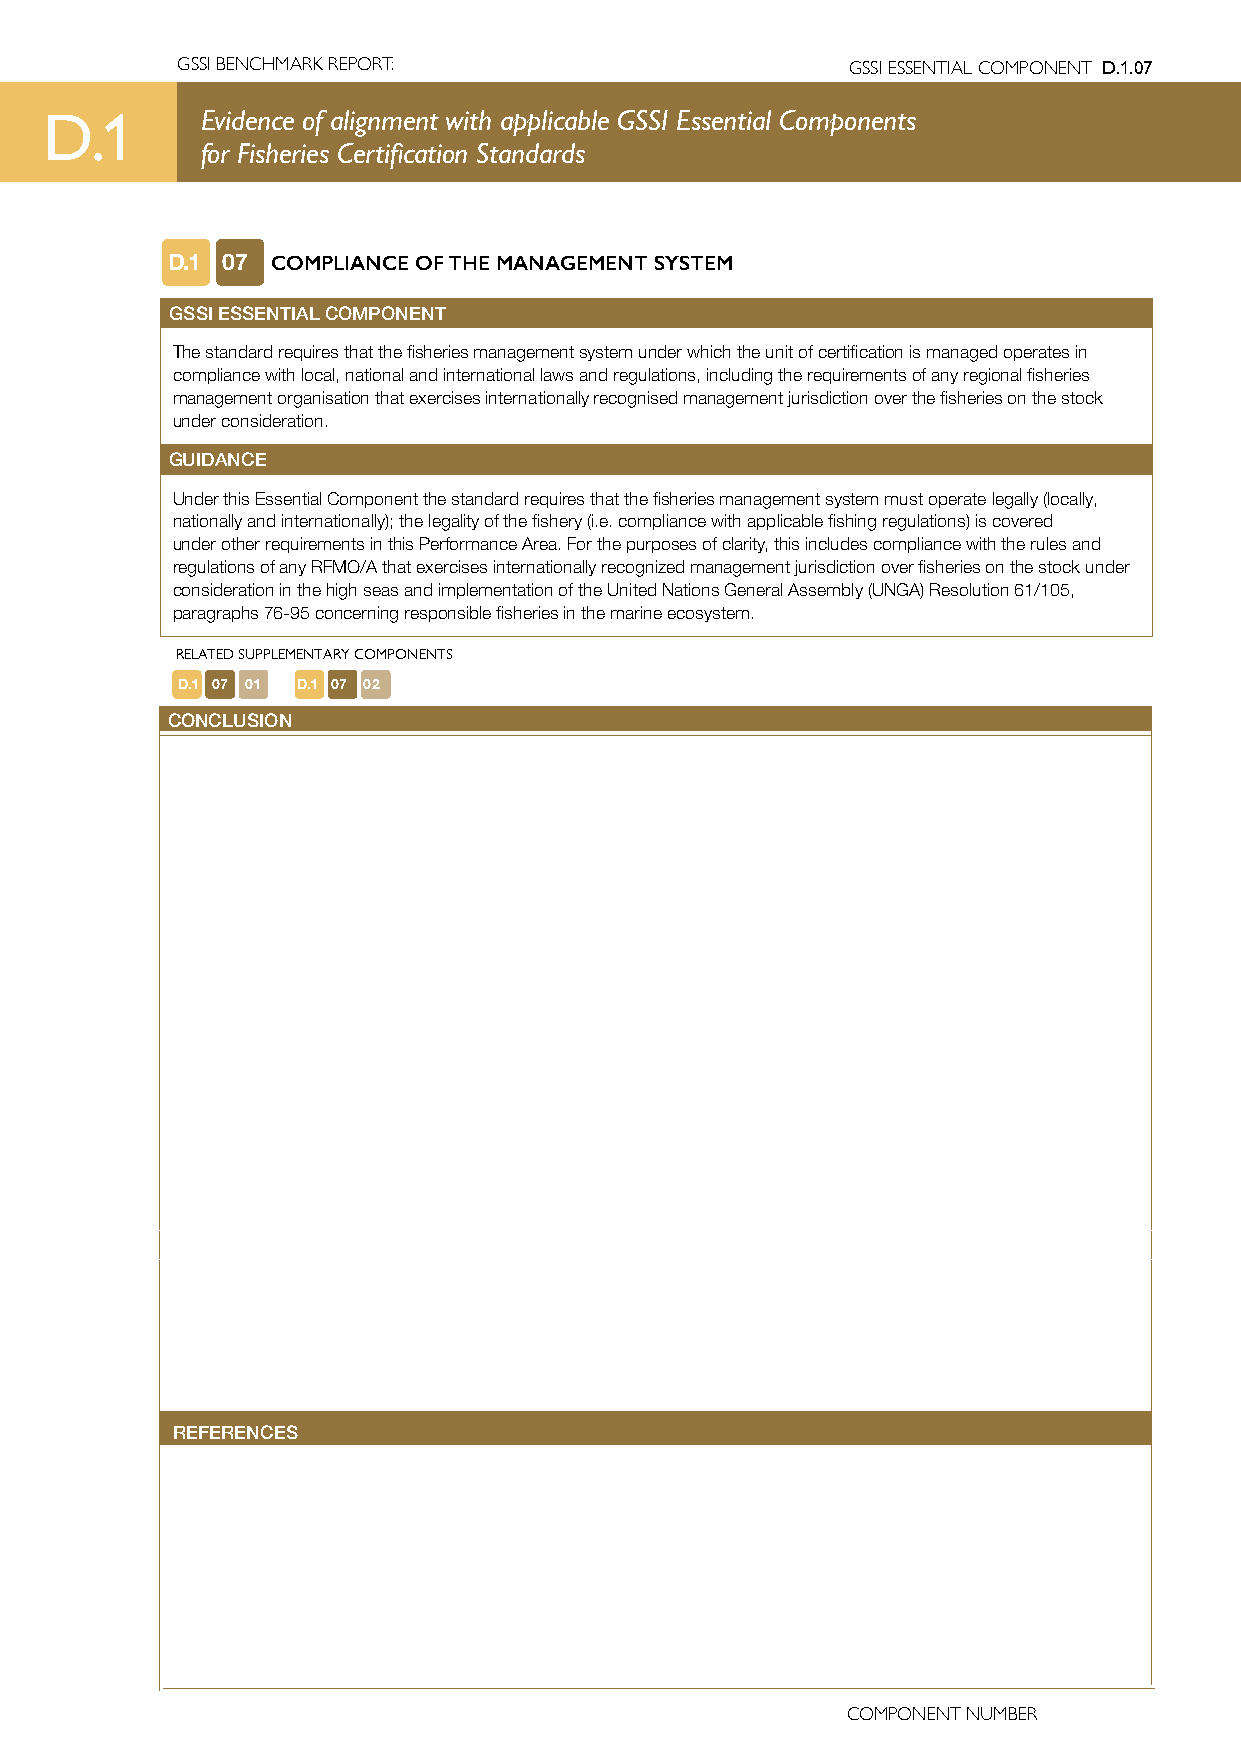
GSSI BENCHMARK REPORT:                      GSSI ESSENTIAL COMPONENT D.1.07
 D.1       Evidence of alignment with applicable GSSI Essential Components
 for Fisheries Certification Standards
 D.1 07 COMPLIANCE OF THE MANAGEMENT SYSTEM
 GSSI ESSENTIAL COMPONENT
 The standard requires that the fisheries management system under which the unit of certification is managed operates in
 compliance with local, national and international laws and regulations, including the requirements of any regional fisheries
 management organisation that exercises internationally recognised management jurisdiction over the fisheries on the stock
 under consideration.
 GUIDANCE
 Under this Essential Component the standard requires that the fisheries management system must operate legally (locally,
 nationally and internationally); the legality of the fishery (i.e. compliance with applicable fishing regulations) is covered
 under other requirements in this Performance Area. For the purposes of clarity, this includes compliance with the rules and
 regulations of any RFMO/A that exercises internationally recognized management jurisdiction over fisheries on the stock under
 consideration in the high seas and implementation of the United Nations General Assembly (UNGA) Resolution 61/105,
 paragraphs 76-95 concerning responsible fisheries in the marine ecosystem.
 RELATED SUPPLEMENTARY COMPONENTS
 D.1 07 01 D.1 07 02
 CONCLUSION
 REFERENCES
 COMPONENT NUMBER